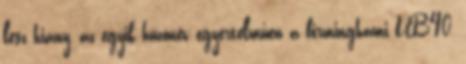
lesz hiány, az egyik húzónév egyértelműen a birminghami UB40,